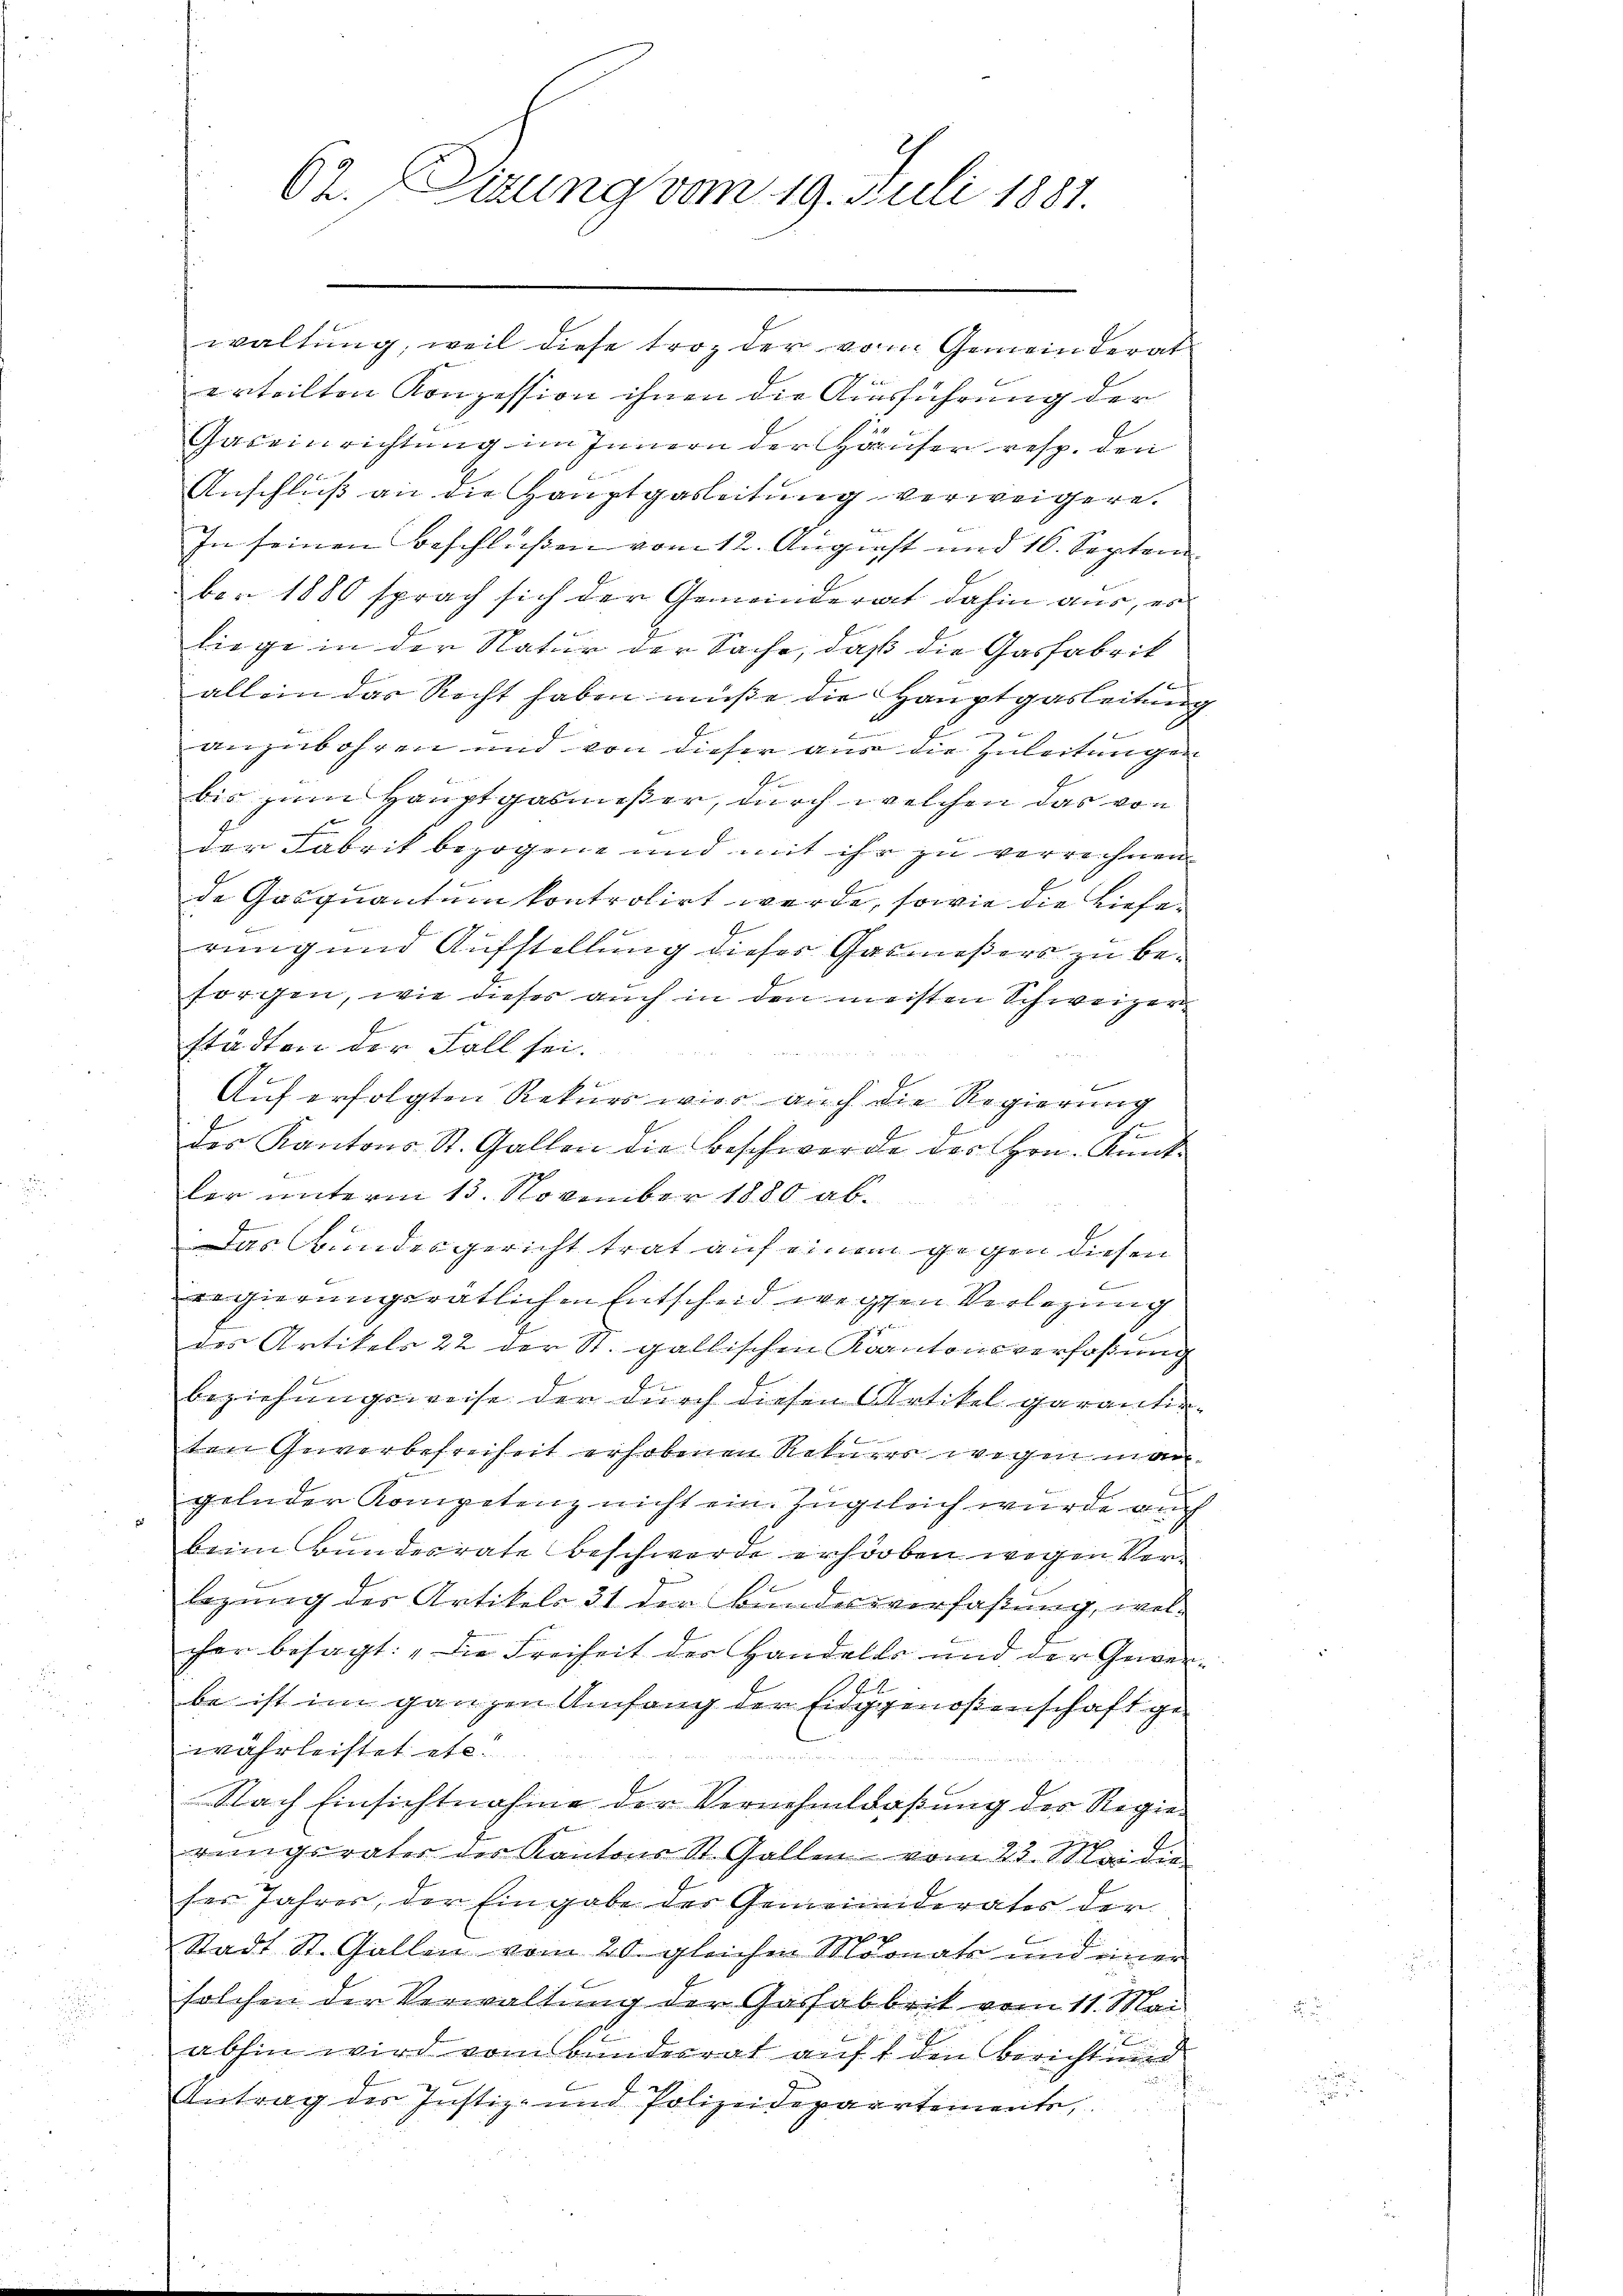
62. Sitzung vom 19. Juli 1881.

waltung, weil diese troz der vom Gemeinderat
erteilten Konzession ihnen die Ausführung der
.
Gaseinrichtung im Innern der Hauser resp. den
Anschluß an die Hauptgasleitung verweigere.
In seinen Beschlüßen vom 12. August und 16. Septem
ber 1880 sprach sich der Gemeinderat dahin aus, es
liege in der Natur der Sache, daß die Gasfabrik
allein das Recht haben müße die Hauptgasleitung
anzubohren und von dieser aus die Zuleitungen
G.
bis zum Hauptgasmeßer, durch welchen das von
2
der Fabrik bezogene und mit ihr zu verrechnen
de Gosquantum kontrolirt werde, sowie die Lieferung und Aufstellung dieses Gasmeßers zu besorgen, wie dieser auch in den meisten Schweizer
städten der Fall sei.
F
Auf erfolgten Rekurs wie auch die Regierung
.
des Kantons St. Gallen die Beschwerde des Hrn. Ant-
der unterm 15. November 1880 ab¬
Das Bundesgericht trat auf einem gegen diesen
f
regierungsrätlichen Entscheid wegen Verlegung
7
des Artikels 22 der St. gallischen Kantonsverfaßung
Beziehungsweise der durch diesen Artikel garantin
ten Gewerbefreiheit erhobenen Rekuzer wegen man
gelnder Kompetenz nicht ein. Ingeleich wurde auch
beim Bundesrate Beschwerde erhörben wegen Vere
legung des Artikels 31 der Bundesverfaßung, welcher besagt: „Die Freiheit der Handelte und der Gewers
be ist im ganzen Umfang der Einggenoßenschaft gewährleistet etc.
Nach Einsichtnahme der Vernehmldaßung der Regieirungsrates der Kantons St. Gallen vom 23. Sei die
ses Jahres, der Eingabe des Gemeiniderates der
Stadt St. Gallen vom 20. gleichen Monats und einer
solchen der Verwaltung der Gasfabbrik vom 11. Mai
abhin wird vom Bunderrat auf den Bericht und
Antrag des Justiz- und Polizeidepartemente,